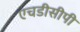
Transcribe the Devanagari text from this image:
एचडीसीपी